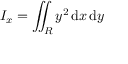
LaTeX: I _ { x } = \iint _ { R } y ^ { 2 } \, \mathrm { d } x \, \mathrm { d } y